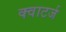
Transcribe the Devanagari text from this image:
क्वाटर्ज